Investigations into the jail dietaries of the United Provinces with some observations on the influence of dietary on the physical development and well-being of the people of the United Provinces - Number 48
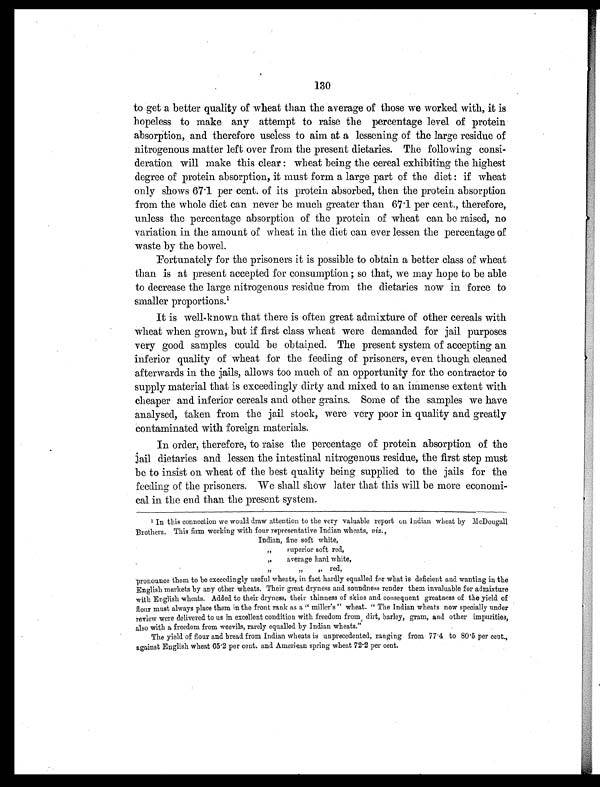
130
to get a better quality of wheat than the average of those we worked with, it is
hopeless to make any attempt to raise the percentage level of protein
absorption, and therefore useless to aim at a lessening of the large residue of
nitrogenous matter left over from the present dietaries. The following consi-
deration will make this clear: wheat being the cereal exhibiting the highest
degree of protein absorption, it must form a large part of the diet: if wheat
onl y shows 67. 1 per cent . of i t s pr ot ei n absor bed, t hen t he pr ot ei n absor pt i on
from the whole diet can never be much greater than 67.1 per cent., therefore,
unless the percentage absorption of the protein of wheat can be raised, no
variation in the amount of wheat in the diet can ever lessen the percentage of
waste by the bowel.
Fortunately for the prisoners it is possible to obtain a better class of wheat
than is at present accepted for consumption; so that, we may hope to be able
to decrease the large nitrogenous residue from the dietaries now in force to
smaller proportions.1
It is well-known that there is often great admixture of other cereals with
wheat when grown, but if first class wheat were demanded for jail purposes
very good samples could be obtained. The present system of accepting an
inferior quality of wheat for the feeding of prisoners, even though cleaned
afterwards in the jails, allows too much of an opportunity for the contractor to
supply material that is exceedingly dirty and mixed to an immense extent with
cheaper and inferior cereals and other grains. Some of the samples we have
analysed, taken from the jail stock, were very poor in quality and greatly
contaminated with foreign materials.
In order, therefore, to raise the percentage of protein absorption of the
jail dietaries and lessen the intestinal nitrogenous residue, the first step must
be to insist on wheat of the best quality being supplied to the jails for the
feeding of the prisoners. We shall show later that this will be more economi-
cal in the end than the present system.
1 In this connection we would draw attention to the very valuable report on Indian wheat by McDougall
Brothers. This firm working with four representative Indian wheats, viz.,
Indian, fine soft white,
, , s u p e r i o r s o f t r e d ,
,, average hard white,
, ,
„
„ r e d ,
pronounce them to be exceedingly useful wheats, in fact hardly equalled for what is deficient and wanting in the
English markets by any other wheats. Their great dryness and soundness render them invaluable for admixture
with English wheats. Added to their dryness, their thinness of skins and consequent greatness of the yield of
flour must always place them in the front rank as a " miller's " wheat. " The Indian wheats now specially under
review were delivered to us in excellent condition with freedom from dirt, barley, gram, and other impurities,
also with a freedom from weevils, rarely equalled by Indian wheats."
The yield of flour and bread from Indian wheats is unprecedented, ranging from 77.4 to 80.5 per cent.,
against English wheat 65.2 per cent. and American spring wheat 72.2 per cent.